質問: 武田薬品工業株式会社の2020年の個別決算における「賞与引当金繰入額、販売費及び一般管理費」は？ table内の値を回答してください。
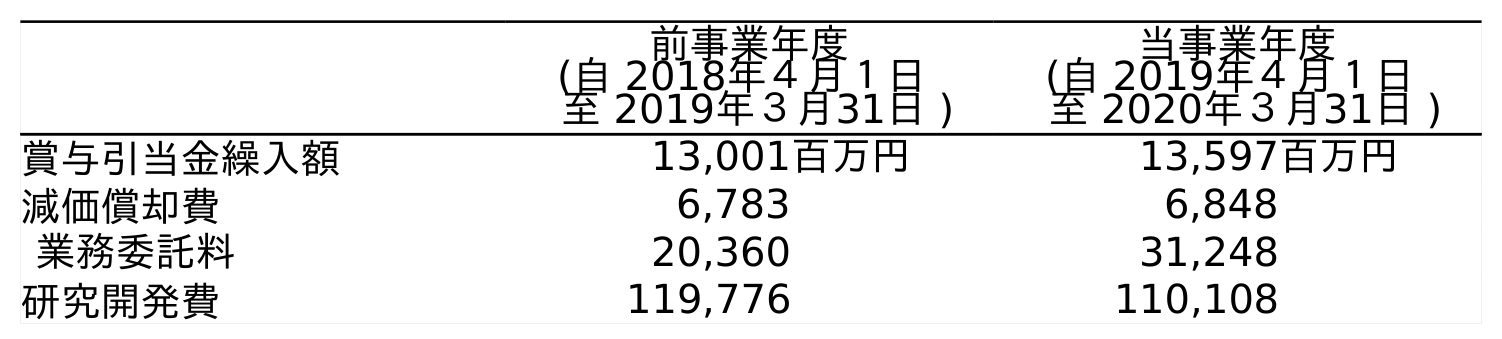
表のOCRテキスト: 前事業年度 (自 2018年４月１日 至 2019年３月31日 ) 当事業年度 (自 2019年４月１日 至 2020年３月31日 ) 賞与引当金繰入額 13,001百万円 13,597百万円 減価償却費 6,783 6,848 業務委託料 20,360 31,248 研究開発費 119,776 110,108
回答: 13,597